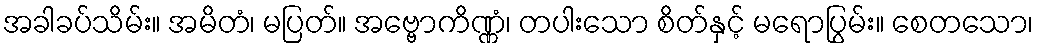
အခါခပ်သိမ်း။ အမိတံ၊ မပြတ်။ အဗ္ဗောကိဏ္ဏံ၊ တပါးသော စိတ်နှင့် မရောပြွမ်း။ စေတသော၊